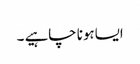
ایساہونا چاہیے ۔